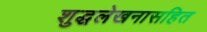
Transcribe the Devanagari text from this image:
शुद्धलेखनासहित